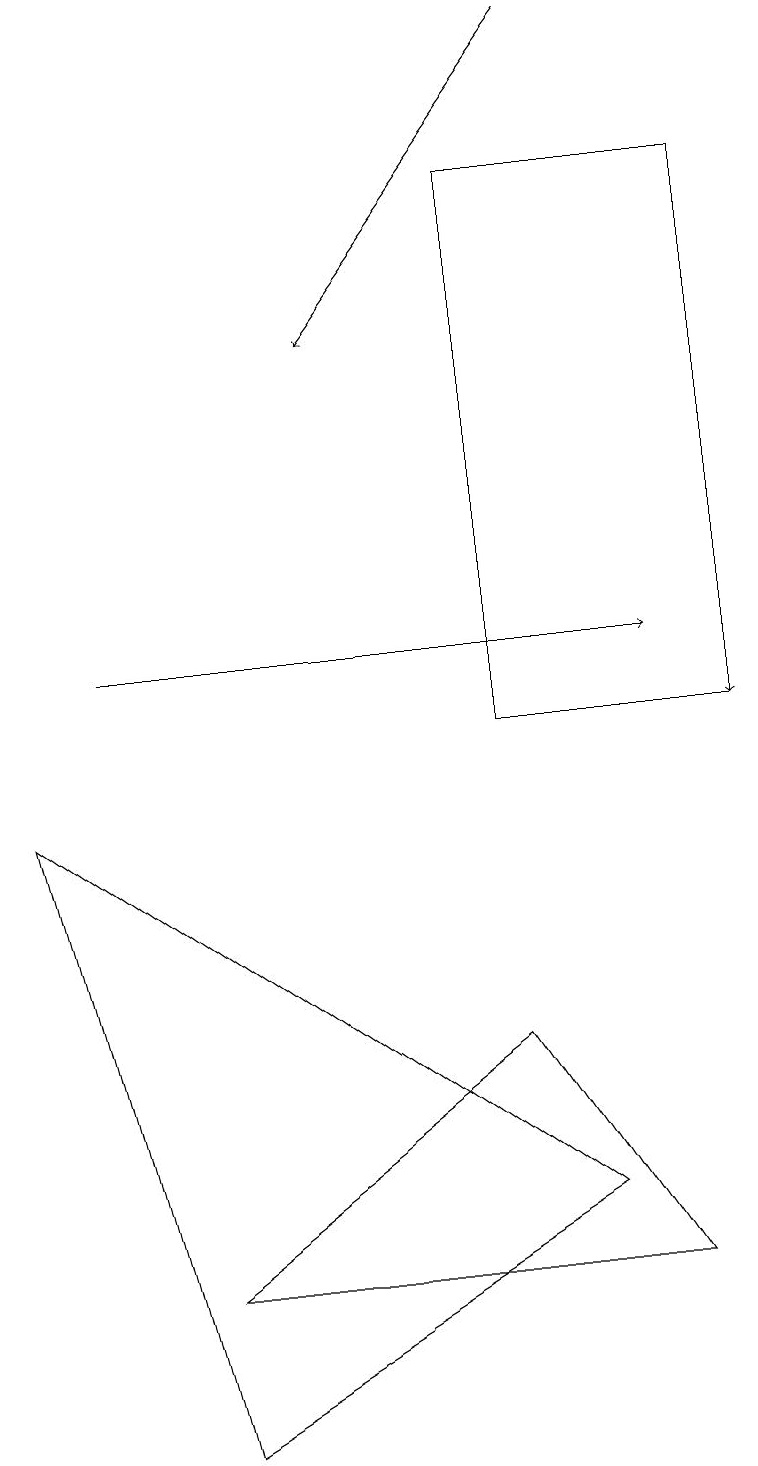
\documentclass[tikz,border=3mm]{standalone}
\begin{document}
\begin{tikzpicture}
\draw[->] (1,11) -- (8,11);
\draw (9,10) rectangle (6,17);
\draw (6,6) -- (2,3) -- (8,3) -- cycle;
\draw[->] (7,19) -- (4,15);
\draw (0,9) -- (7,4) -- (2,1) -- cycle;
\draw[->] (9,15) -- (9,10);
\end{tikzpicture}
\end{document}